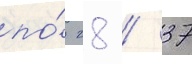
по́ 28 / 37